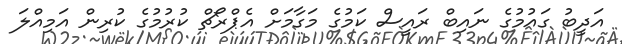
އަދީބު ގައުމުގެ ނައިބް ރައީސް ކަމުގެ މަގާމަށް އެޕްރޯޗް ކުރުމުގެ ކުރިން އަމިއްލަ